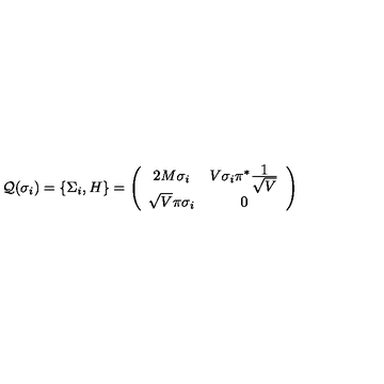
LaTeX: { \cal Q } ( \sigma _ { i } ) = \{ \Sigma _ { i } , H \} = \left( \begin{array} { c c } { 2 M \sigma _ { i } } & { V \sigma _ { i } \pi ^ { * } \frac { \textstyle 1 } { \textstyle \sqrt { V } } } \\ { \sqrt { V } \pi \sigma _ { i } } & { 0 } \\ \end{array} \right)